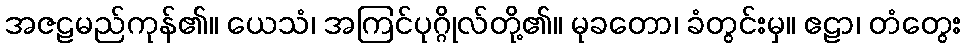
အဇဠမည်ကုန်၏။ ယေသံ၊ အကြင်ပုဂ္ဂိုလ်တို့၏။ မုခတော၊ ခံတွင်းမှ။ ဧဠာ၊ တံတွေး